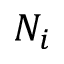
N _ { i }